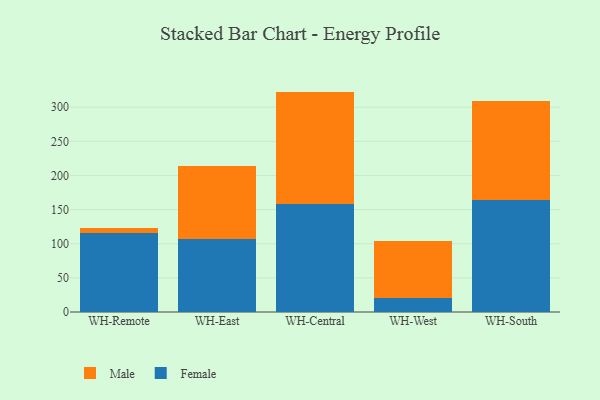
{"axis": {"x": "Warehouse", "y": "Active Users"}, "legend": ["Female", "Male"], "data": [{"x": "WH-Remote", "y": 116.2, "type": "Female"}, {"x": "WH-Remote", "y": 7.3, "type": "Male"}, {"x": "WH-East", "y": 107.1, "type": "Female"}, {"x": "WH-East", "y": 107.4, "type": "Male"}, {"x": "WH-Central", "y": 157.8, "type": "Female"}, {"x": "WH-Central", "y": 165.0, "type": "Male"}, {"x": "WH-West", "y": 20.3, "type": "Female"}, {"x": "WH-West", "y": 83.9, "type": "Male"}, {"x": "WH-South", "y": 163.9, "type": "Female"}, {"x": "WH-South", "y": 145.0, "type": "Male"}]}